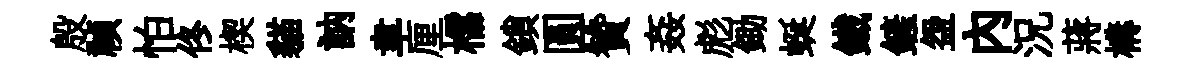
殷禎怕佟楔貓訥聿厘櫺鎖圓贊姦彪鋤蜒鐵鏟盌内況蔣構